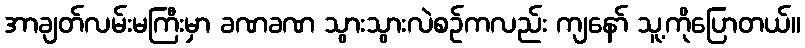
အာချတ်လမ်းမကြီးမှာ ခဏခဏ သွားသွားလဲစဉ်ကလည်း ကျနော် သူ့ကိုပြောတယ်။